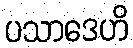
ပသာဒေဟိ